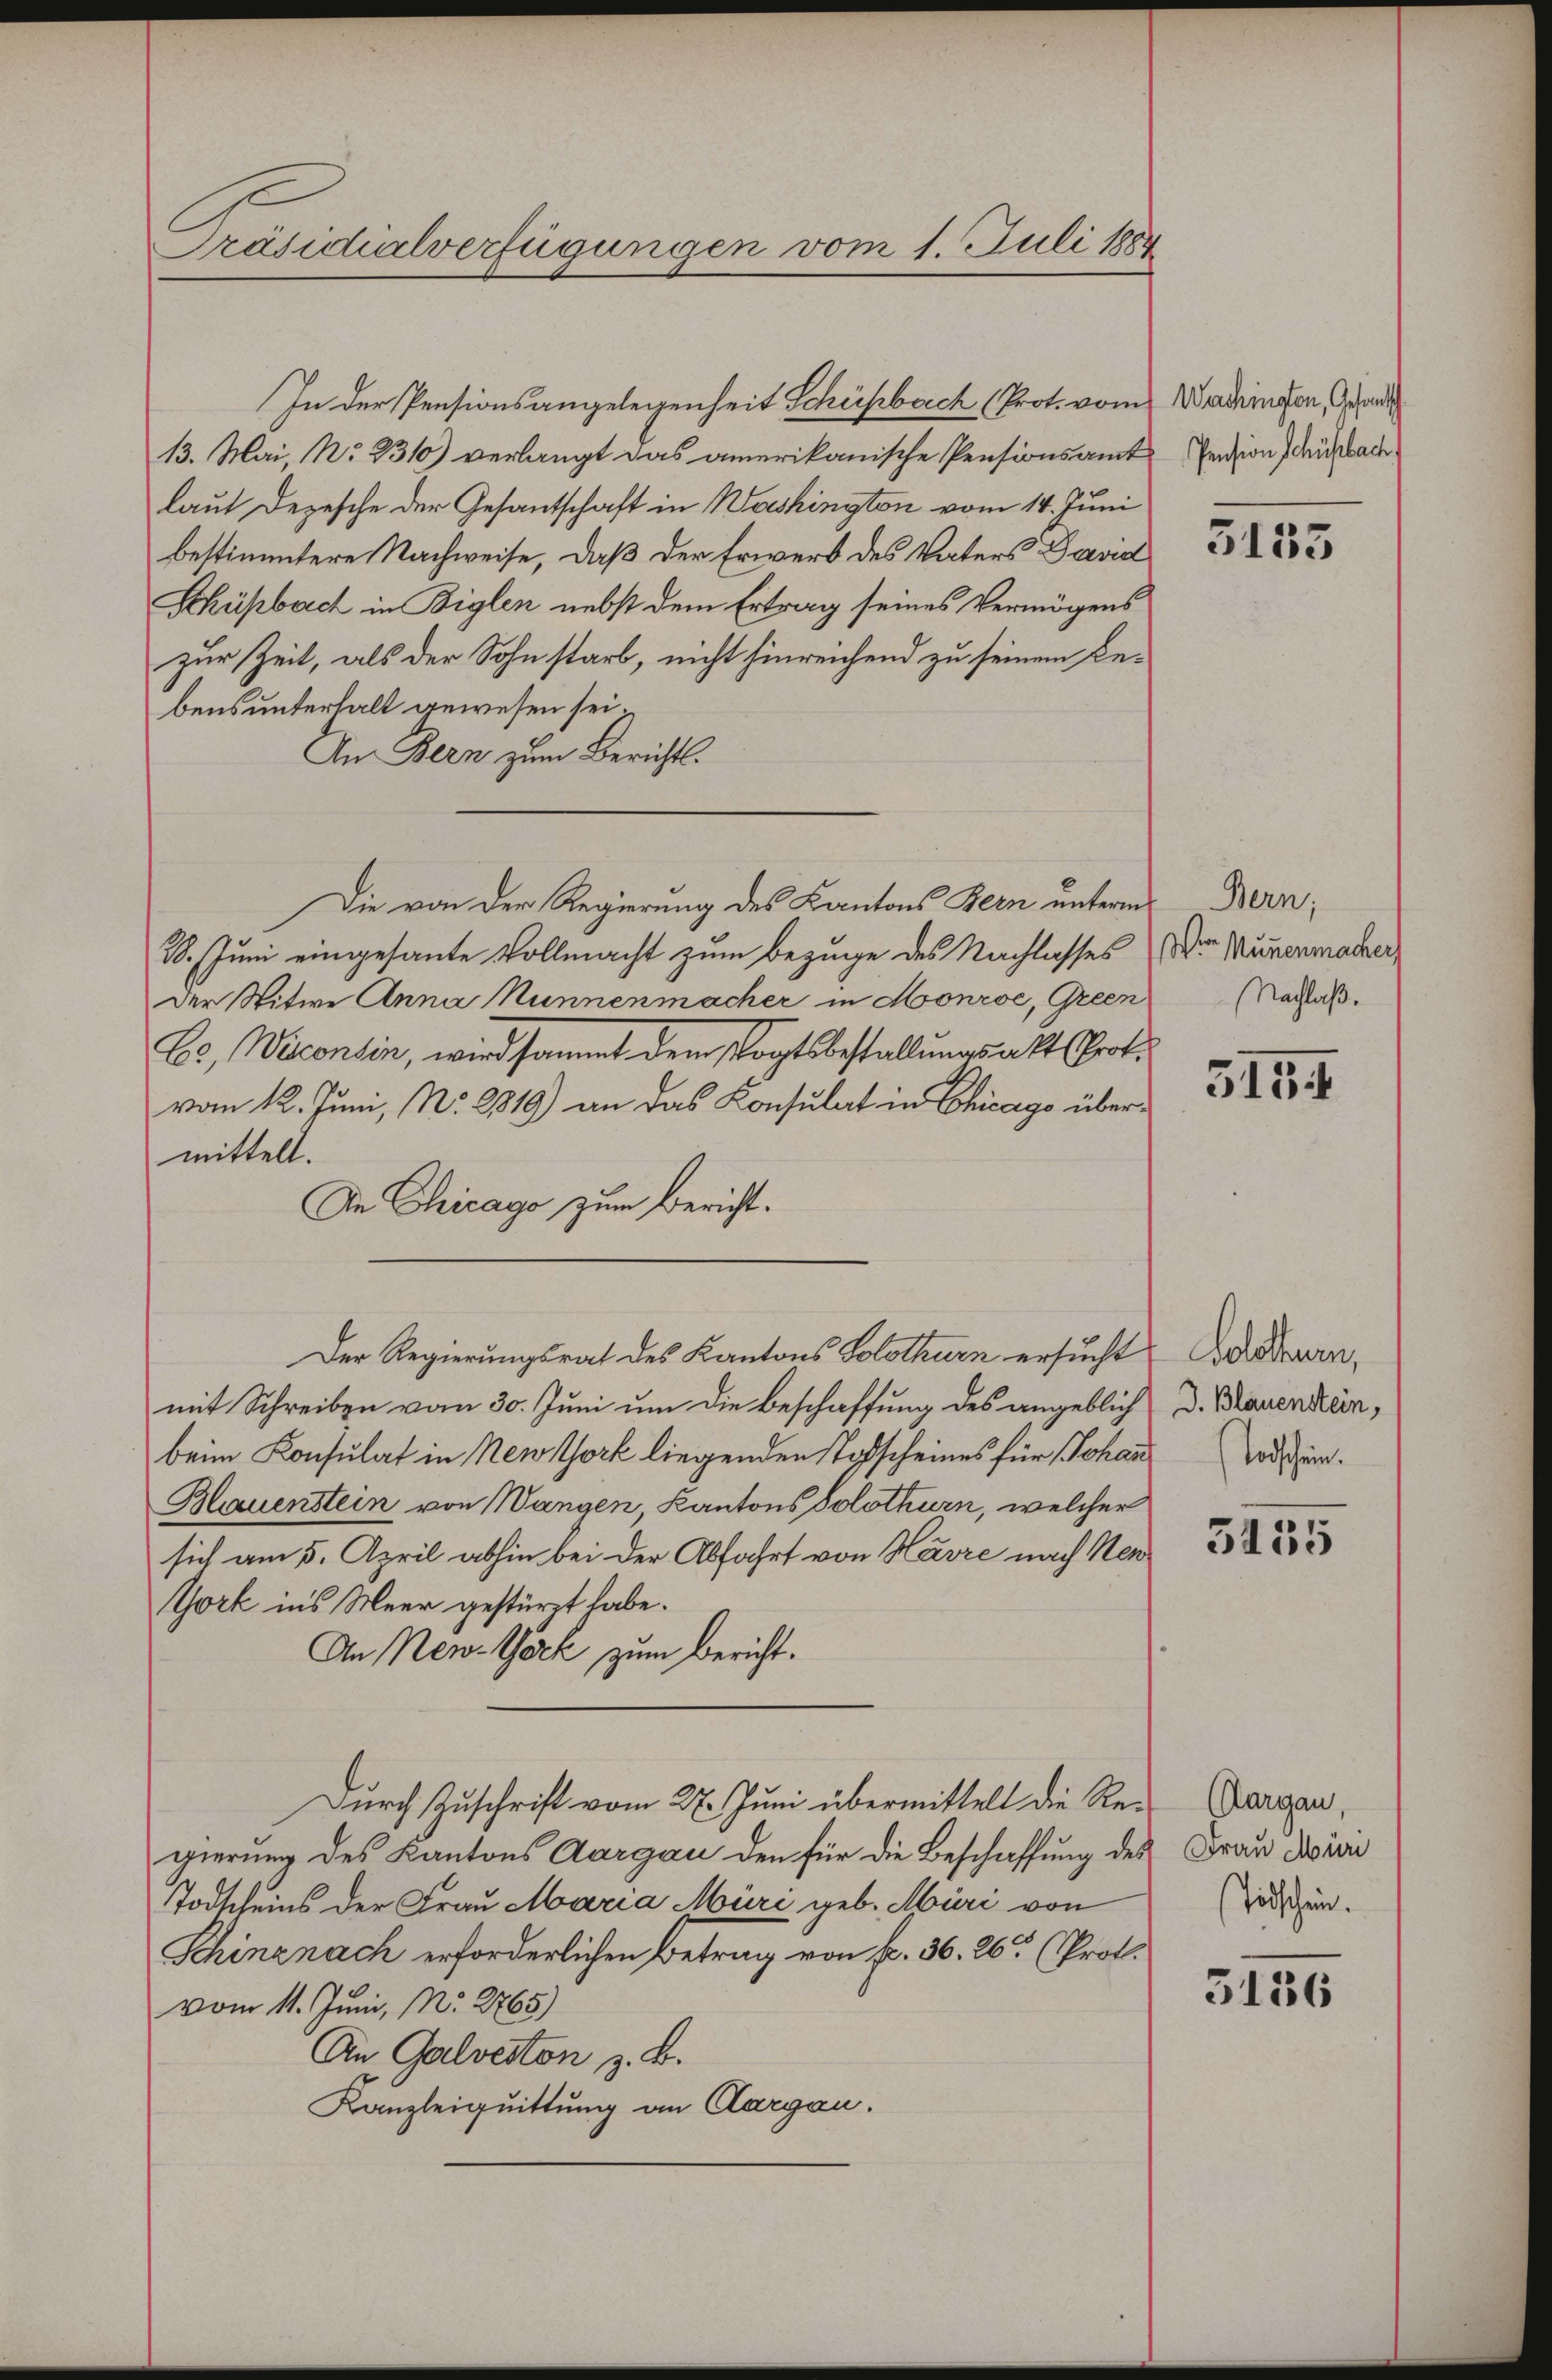
Präsidialverfügungen vom 1. Juli 1884

13. Mai, No 231) verlangt das amerikanische Pensionsamt
laut Depesche der Gesantschaft in Washington vom 14. Juni
bestimmtere Nachweise, daß der Erwerb des Vaters David
Schüpbach in Biglen nebst dem Ertrag seines Vermögens
zur Zeit, als der Sohn starb, nicht hinreichend zu seinem Bebensunterhalt gewesen sei.
An Bern zum Berichts¬
Die von der Regierung des Kantons Bern unterm
28. Juni eingesante Vollmacht zum Bezuge des Nachlasses Vor Munermacher,
der Spitwe Anna Nunnenmacher in Monrse, Green
C., Wirconsin, wird sammt dem Vogtsbestallungsakt (Prot.
vom 12. Juni, No. 2819) an das Konsulat in Chicago übermittelt.
In Chicago zum Bericht.
Der Regierungsrat des Kantons Solothurn ersucht unmit Schreiben vom 30. Juni um die Beschaffung des angeblich
beim Konsulat in New York liegenden Todscheines für Johann
Blauenstein von Wangen, Kantons Solothurn, welcher
sich am 5. April abhin bei der Abfahrt von Havre nach Nen
York ins Meer gestürzt habe.
An New-York zum Bericht.
Durch Zuschrift vom 27. Juni übermittelt die Regierung des Kantons Aargau den für die Beschaffung des
Todscheins der Frau Maria Müri geb. Müri von
Schinznach erforderlichen Betrag von fr. 36. 26 (Prot.
vom 11. Juni, Nr. 2765)
An Galveston z. B.
Kanzleiquittung an Aargau.

In der Pensionsangelegenheit Schürfbach (Prot. vom Werdringen, Gesand

Pension Schühlbach

5135

Bern,
Nachlaß.

515 f

J. Blauenstein,
Todschein.

3455

Aargau,
Frau Müri
Tidischen.

3136